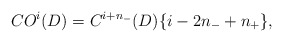
\begin{align*}CO^i(D) = C^{i+n_-}(D)\{i-2n_-+n_+\},\end{align*}